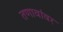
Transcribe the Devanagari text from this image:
तणावांवर